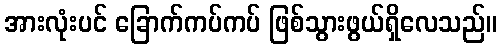
အားလုံးပင် ခြောက်ကပ်ကပ် ဖြစ်သွားဖွယ်ရှိလေသည်။